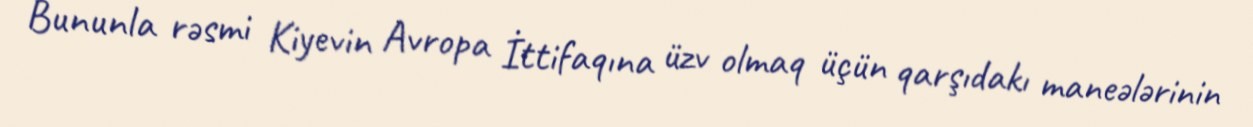
Bununla rəsmi Kiyevin Avropa İttifaqına üzv olmaq üçün qarşıdakı maneələrinin